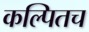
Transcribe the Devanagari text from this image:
कल्पितच